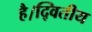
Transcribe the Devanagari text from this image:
है।द्वितीय